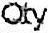
QTY